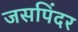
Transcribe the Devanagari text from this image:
जसपिंदर